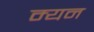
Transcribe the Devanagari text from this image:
म्यन